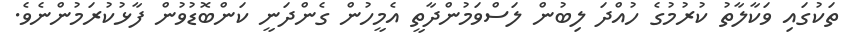
ތަކުގައި ވަކާލާތު ކުރުމުގެ ހުއްދަ ލިބުން ލަސްވަމުންދާތީ އެމީހުން ގެންދަނީ ކަންބޮޑުވުން ފާޅުކުރަމުންނެވެ.